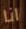
انا